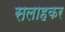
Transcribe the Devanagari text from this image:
सलाहकर